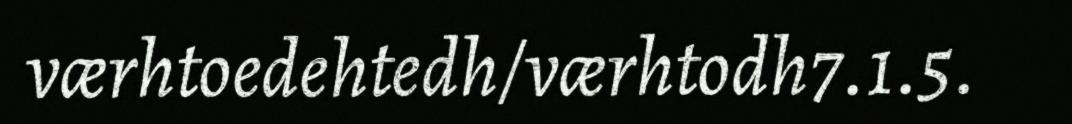
værhtoedehtedh/værhtodh7.1.5.